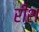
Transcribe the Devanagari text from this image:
रीश